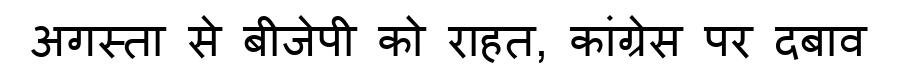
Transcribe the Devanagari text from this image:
अगस्ता से बीजेपी को राहत, कांग्रेस पर दबाव